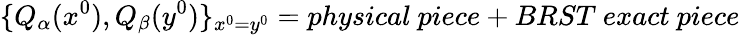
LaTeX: \{ Q_{\alpha}(x^{0}),Q_{\beta}(y^{0})\} _{x^{0}=y^{0}}=physical\ piece+BRST\ exact\ piece